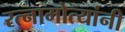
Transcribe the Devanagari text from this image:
रत्नामोत्यांनी